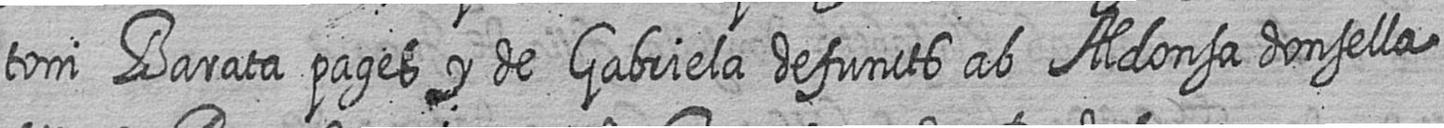
toni Barata pages y de Gabriela defuncts ab Aldonsa donsella